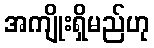
အကျိုးရှိမည်ဟု